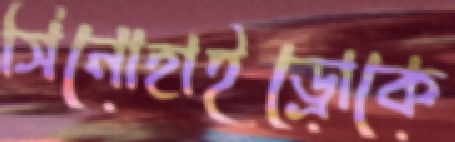
সিনোহাইড্রোকে